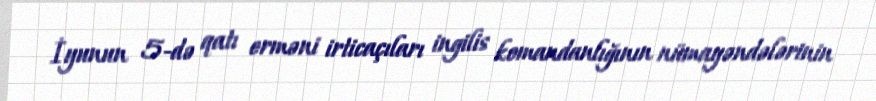
İyunun 5-də qatı erməni irticaçıları ingilis komandanlığının nümayəndələrinin